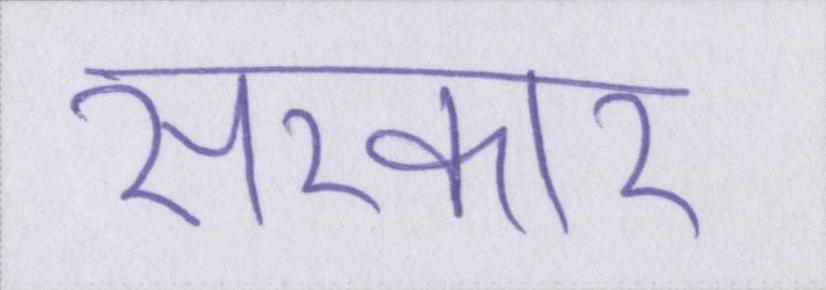
सरकार